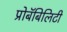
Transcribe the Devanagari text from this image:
प्रोबॅबिलिटी